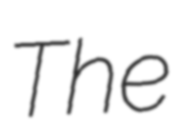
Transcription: The